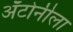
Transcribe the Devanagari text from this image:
अँटोनीला